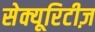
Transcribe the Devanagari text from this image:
सेक्यूरिटीज़